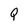
Character: Q